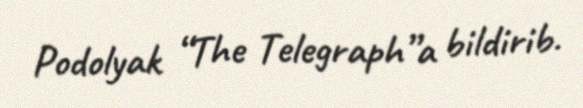
Podolyak “The Telegraph”a bildirib.